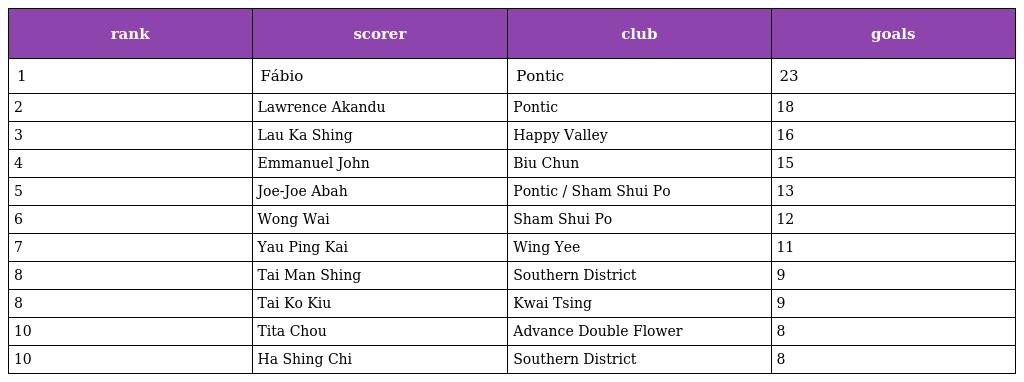
| rank | scorer | club | goals |
 | --- | --- | --- | --- |
 | 1 | Fábio | Pontic | 23 |
 | 2 | Lawrence Akandu | Pontic | 18 |
 | 3 | Lau Ka Shing | Happy Valley | 16 |
 | 4 | Emmanuel John | Biu Chun | 15 |
 | 5 | Joe-Joe Abah | Pontic / Sham Shui Po | 13 |
 | 6 | Wong Wai | Sham Shui Po | 12 |
 | 7 | Yau Ping Kai | Wing Yee | 11 |
 | 8 | Tai Man Shing | Southern District | 9 |
 | 8 | Tai Ko Kiu | Kwai Tsing | 9 |
 | 10 | Tita Chou | Advance Double Flower | 8 |
 | 10 | Ha Shing Chi | Southern District | 8 |